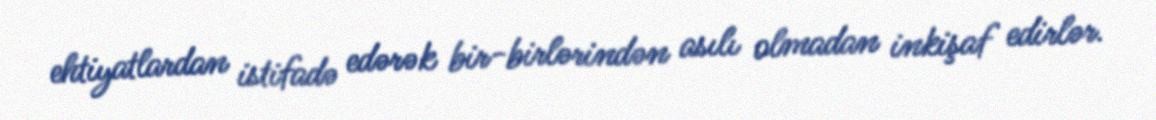
ehtiyatlardan istifadə edərək bir-birlərindən asılı olmadan inkişaf edirlər.